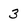
Character: 3